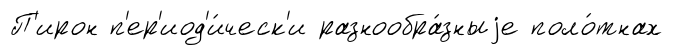
П'ирон п'ер'иод'и́ческ'и разнообра́зныjе поло́тнах